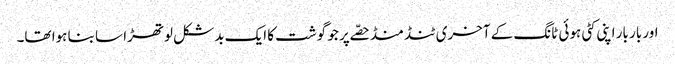
اور بار بار اپنی کٹی ہوئی ٹانگ کے آخری ٹنڈ منڈ حصّے پر جو گوشت کا ایک بدشکل لوتھڑا سا بنا ہوا تھا۔